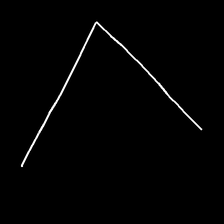
Glyph: region